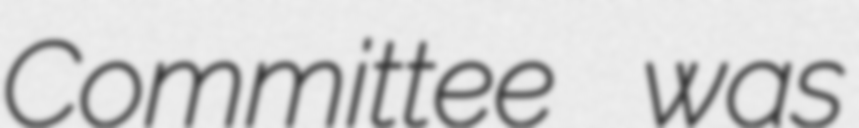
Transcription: Committee was